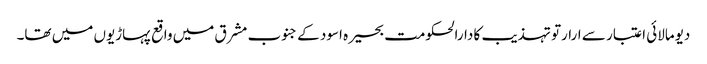
دیومالائی اعتبار سے ارارتو تہذیب کا دارالحکومت بحیرہ اسود کے جنوب مشرق میں واقع پہاڑیوں میں تھا۔